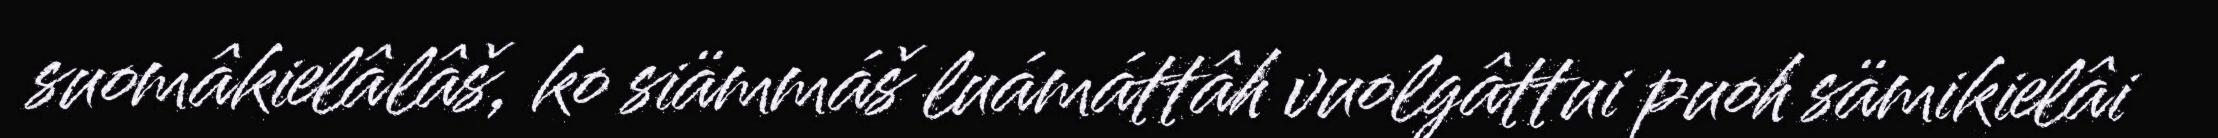
suomâkielâlâš, ko siämmáš luámáttâh vuolgâttui puoh sämikielâi